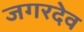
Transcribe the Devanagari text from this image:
जगरदेव